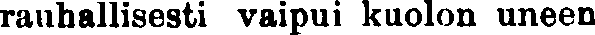
rauhallisesti vaipui kuolon uneen